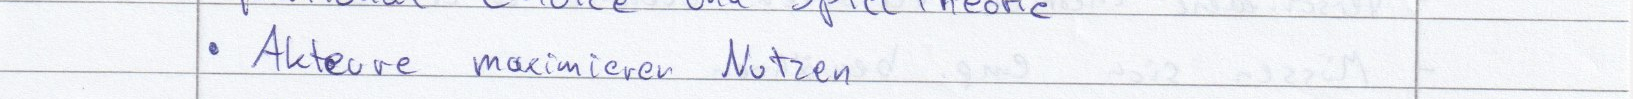
Akteure maximieren Nutzen